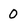
Character: 0